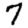
Digit: 7